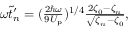
\begin{array} { r } { \omega \tilde { t } _ { n } ^ { \prime } = ( \frac { 2 \hbar \omega } { 9 U _ { \mathrm { p } } } ) ^ { 1 / 4 } \frac { 2 \zeta _ { 0 } - \zeta _ { n } } { \sqrt { \zeta _ { n } - \zeta _ { 0 } } } , } \end{array}